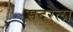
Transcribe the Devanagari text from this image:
सदरेला